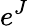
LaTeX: e^{J}